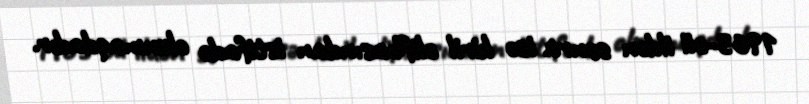
1963-cü ildən sonra isə kiril əlifbasından istifadə olunmaqdadır.